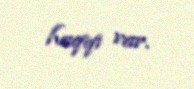
haqqı var.